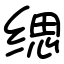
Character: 缌